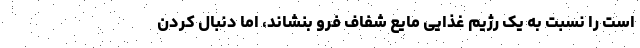
است را نسبت به یک رژیم غذایی مایع شفاف فرو بنشاند، اما دنبال کردن